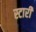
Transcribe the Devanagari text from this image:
स्टारी